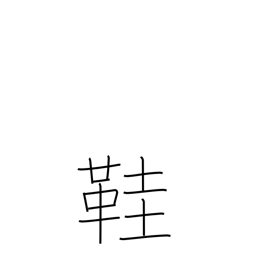
Meaning: straw sandals